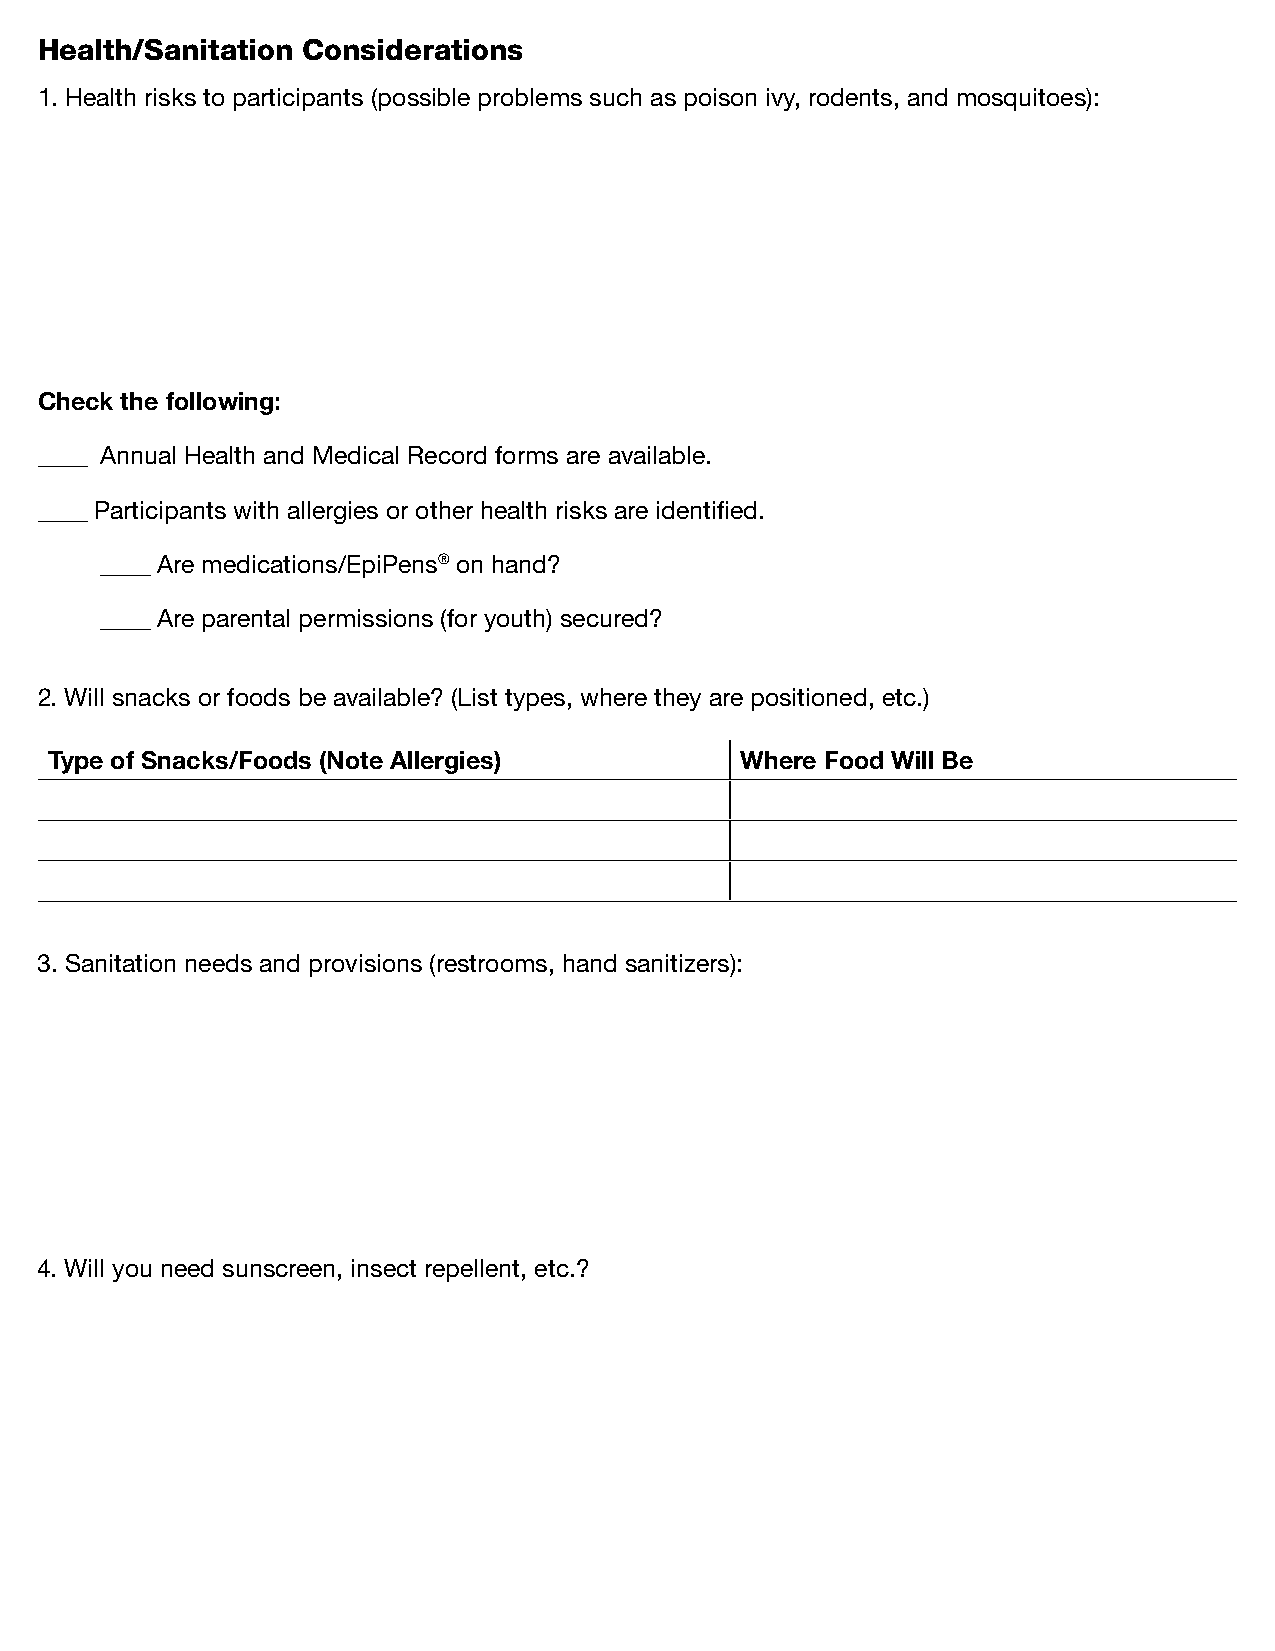
Health/Sanitation Considerations
 1. Health risks to participants (possible problems such as poison ivy, rodents, and mosquitoes):
 Check the following:
 ____ Annual Health and Medical Record forms are available.
 ____ Participants with allergies or other health risks are identified.
 ____ Are medications/EpiPens® on hand?
 ____ Are parental permissions (for youth) secured?
 2. Will snacks or foods be available? (List types, where they are positioned, etc.)
 Type of Snacks/Foods (Note Allergies)         Where Food Will Be
 3. Sanitation needs and provisions (restrooms, hand sanitizers):
 4. Will you need sunscreen, insect repellent, etc.?